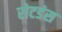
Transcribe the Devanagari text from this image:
रोटडंस